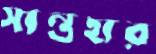
সান্তহার